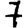
Digit: 7